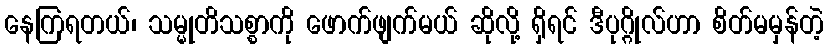
နေကြရတယ်၊ သမ္မုတိသစ္စာကို ဖောက်ဖျက်မယ် ဆိုလို့ ရှိရင် ဒီပုဂ္ဂိုလ်ဟာ စိတ်မမှန်တဲ့